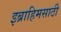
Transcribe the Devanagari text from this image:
इब्राहिमसाठी